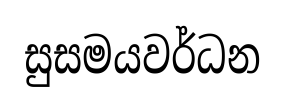
සුසමයවර්ධන